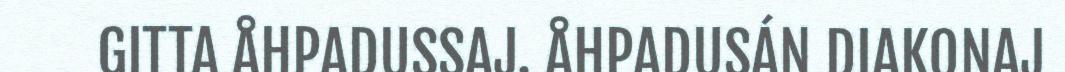
GITTA ÅHPADUSSAJ. ÅHPADUSÁN DIAKONAJ